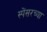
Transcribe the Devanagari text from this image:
स्पेंसरच्या